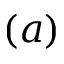
( a )